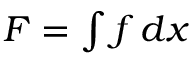
\textstyle F = \int f \, d x